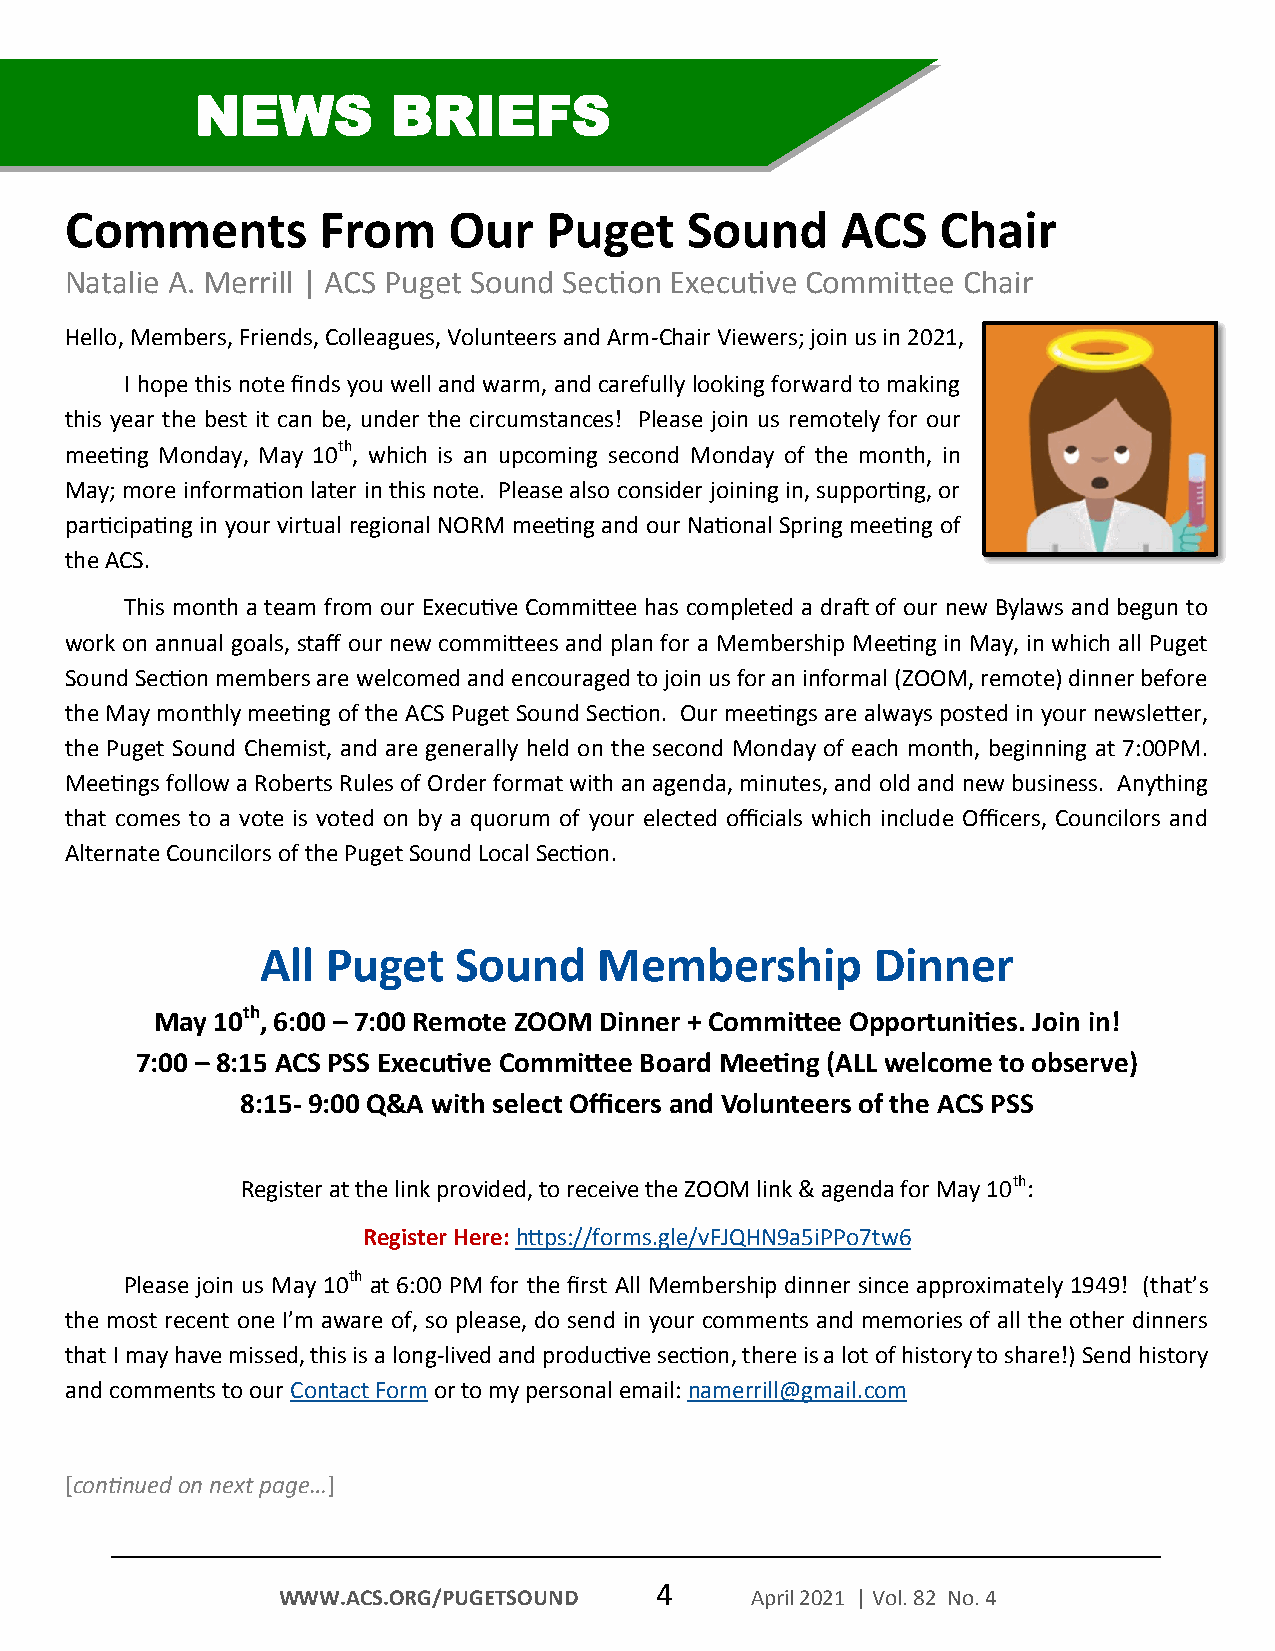
NEWS         BRIEFS
 Comments         From     Our   Puget    Sound      ACS   Chair
 Natalie A. Merrill | ACS Puget Sound Section Executive Committee Chair
 Hello, Members, Friends, Colleagues, Volunteers and Arm-Chair Viewers; join us in 2021,
 I hope this note finds you well and warm, and carefully looking forward to making
 this year the best it can be, under the circumstances! Please join us remotely for our
 meeting Monday, May 10th, which is an upcoming second Monday of the month, in
 May; more information later in this note. Please also consider joining in, supporting, or
 participating in your virtual regional NORM meeting and our National Spring meeting of
 the ACS.
 This month a team from our Executive Committee has completed a draft of our new Bylaws and begun to
 work on annual goals, staff our new committees and plan for a Membership Meeting in May, in which all Puget
 Sound Section members are welcomed and encouraged to join us for an informal (ZOOM, remote) dinner before
 the May monthly meeting of the ACS Puget Sound Section. Our meetings are always posted in your newsletter,
 the Puget Sound Chemist, and are generally held on the second Monday of each month, beginning at 7:00PM.
 Meetings follow a Roberts Rules of Order format with an agenda, minutes, and old and new business. Anything
 that comes to a vote is voted on by a quorum of your elected officials which include Officers, Councilors and
 Alternate Councilors of the Puget Sound Local Section.
 All  Puget   Sound     Membership        Dinner
 May 10th, 6:00 – 7:00 Remote ZOOM Dinner + Committee Opportunities. Join in!
 7:00 – 8:15 ACS PSS Executive Committee Board Meeting (ALL welcome to observe)
 8:15- 9:00 Q&A with select Officers and Volunteers of the ACS PSS
 Register at the link provided, to receive the ZOOM link & agenda for May 10th:
 Register Here: https://forms.gle/vFJQHN9a5iPPo7tw6
 Please join us May 10th at 6:00 PM for the first All Membership dinner since approximately 1949! (that’s
 the most recent one I’m aware of, so please, do send in your comments and memories of all the other dinners
 that I may have missed, this is a long-lived and productive section, there is a lot of history to share!) Send history
 and comments to our Contact Form or to my personal email: namerrill@gmail.com
 [continued on next page…]
 4
 WWW.ACS.ORG/PUGETSOUND          April 2021 | Vol. 82 No. 4